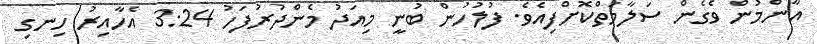
އާންމުން ވެގެން ސަލާމަތްކޮށްފިއެވެ. ފުލުހުން ބުނީ މިއަދު މެންދުރުފަހު 3:24 އެހާއިރު ހިނގި